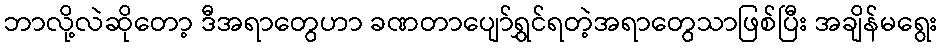
ဘာလို့လဲဆိုတော့ ဒီအရာတွေဟာ ခဏတာပျော်ရွှင်ရတဲ့အရာတွေသာဖြစ်ပြီး အချိန်မရွေး